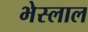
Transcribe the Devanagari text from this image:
भेस्‍लाल